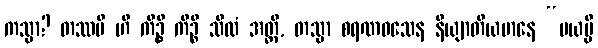
ကသ္မာ? တဿပိ ဟိ ကိဉ္စိ ကိဉ္စိ သီလံ အတ္ထိ, တသ္မာ စရဏဝသေန နိယျာတိယမာနေ “မယမ္ပိ